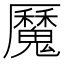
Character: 𩴣